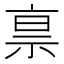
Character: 𰧿